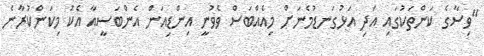
"ވިސާގެ ކަންތަކުގައި އަދި އަޅުގަނޑުމެނަށް މިއެއްބަސް ވެވުނީ އިންޑިއަން އެންބަސީއާ އެކު މިކަންކުރާނެ